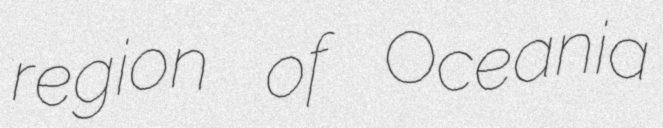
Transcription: region of Oceania